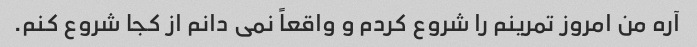
آره من امروز تمرینم را شروع کردم و واقعاً نمی دانم از کجا شروع کنم.